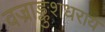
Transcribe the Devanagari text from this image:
वज्राङ्कुशधराय